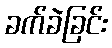
ခက်ခဲခြင်း